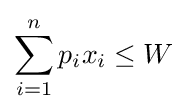
\sum _{i=1}^{n}p_{i}x_{i}\leq W